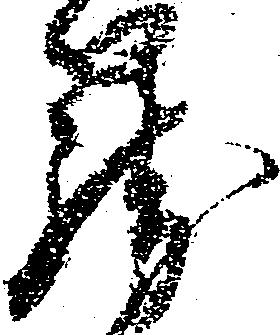
籠